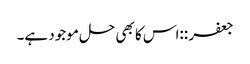
جعفر ::‌اس کا بھی حل موجود ہے۔